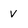
Character: v